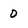
Character: 0